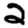
Digit: 2